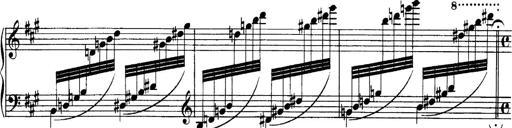
Title: Sonatina No.6
Composer: Ferruccio Busoni